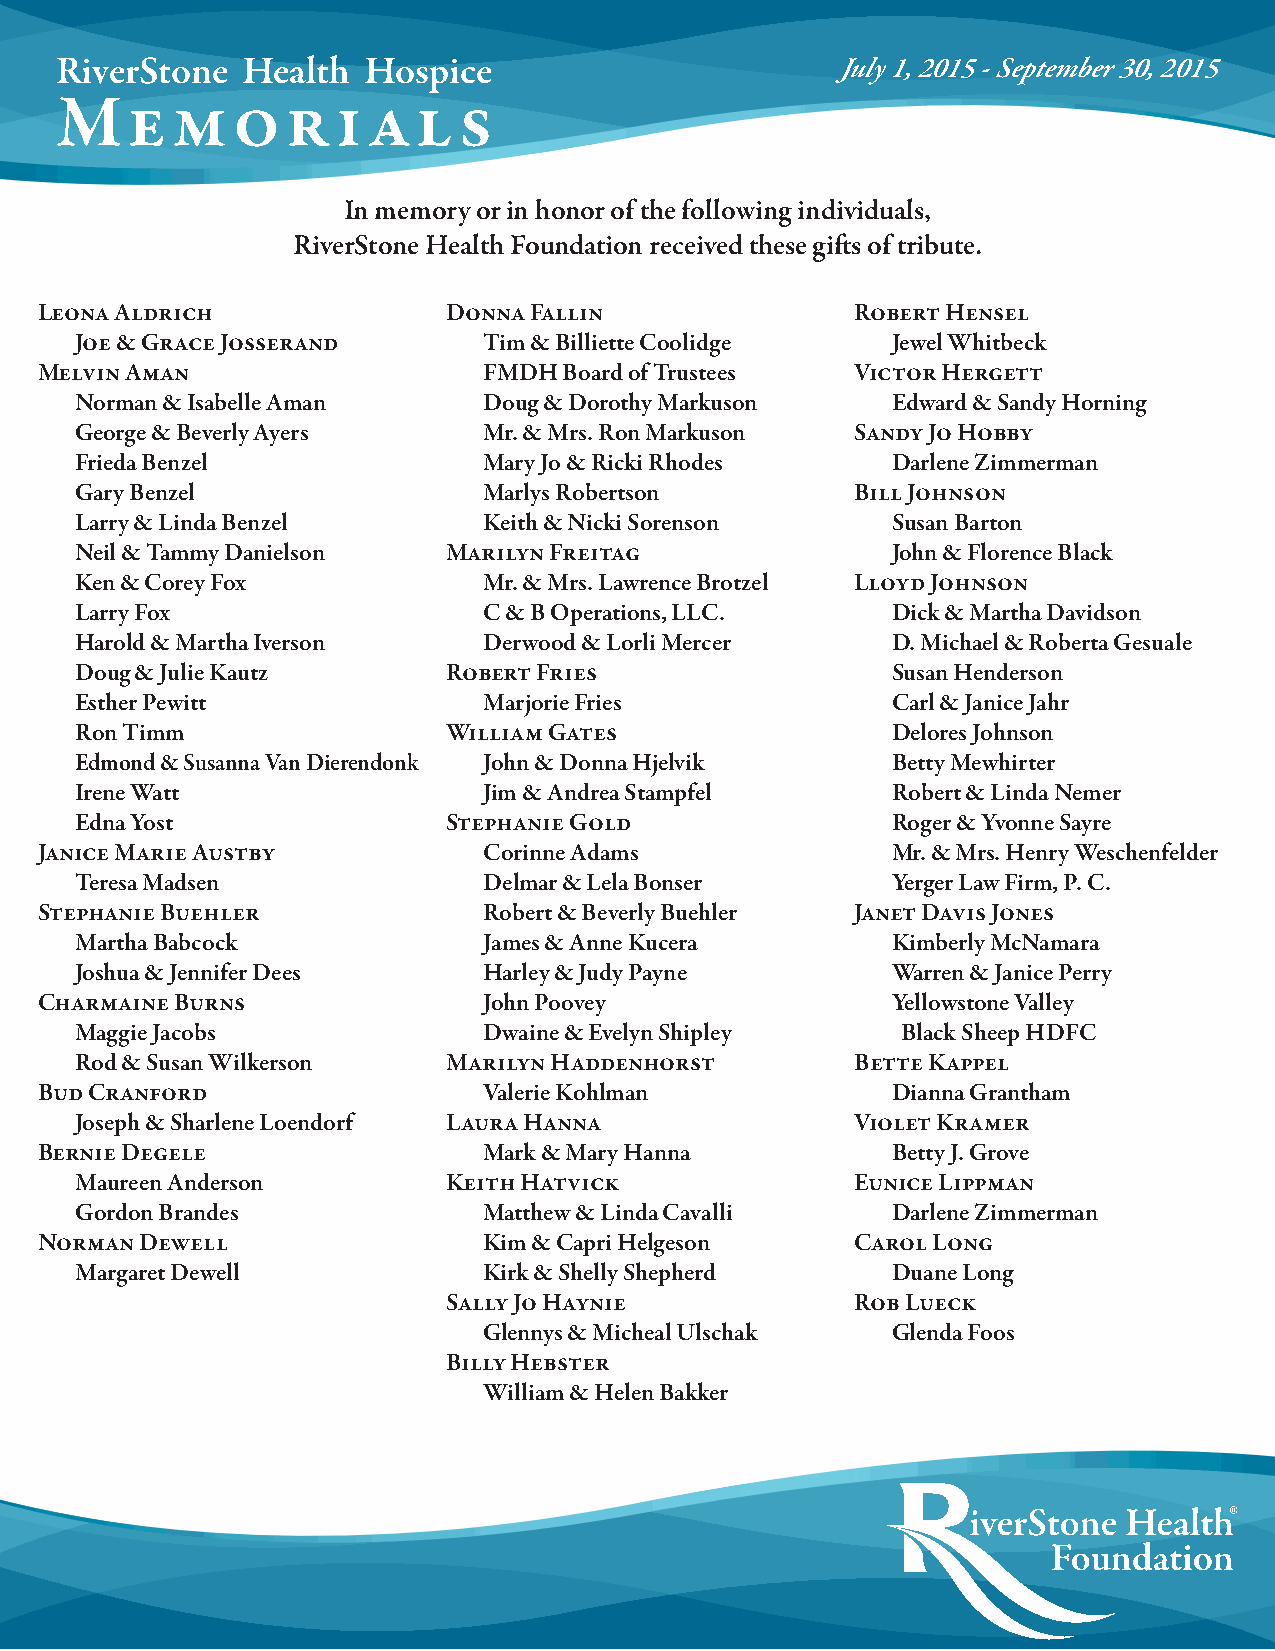
RiverStone  Health  Hospice                         July 1, 2015 - September 30, 2015
 Me     mor        i als
 In memory or in honor of the following individuals,
 RiverStone Health Foundation received these gifts of tribute.
 Leona Aldrich               Donna Fallin               Robert Hensel
 Joe & Grace Josserand      Tim & Billiette Coolidge   Jewel Whitbeck
 Melvin Aman                   FMDH Board of Trustees   Victor Hergett
 Norman & Isabelle Aman     Doug & Dorothy Markuson    Edward & Sandy Horning
 George & Beverly Ayers     Mr. & Mrs. Ron Markuson  Sandy Jo Hobby
 Frieda Benzel              Mary Jo & Ricki Rhodes     Darlene Zimmerman
 Gary Benzel                Marlys Robertson         Bill Johnson
 Larry & Linda Benzel       Keith & Nicki Sorenson     Susan Barton
 Neil & Tammy Danielson   Marilyn Freitag              John & Florence Black
 Ken & Corey Fox            Mr. & Mrs. Lawrence Brotzel Lloyd Johnson
 Larry Fox                  C & B Operations, LLC.     Dick & Martha Davidson
 Harold & Martha Iverson    Derwood & Lorli Mercer     D. Michael & Roberta Gesuale
 Doug & Julie Kautz       Robert Fries                 Susan Henderson
 Esther Pewitt              Marjorie Fries             Carl & Janice Jahr
 Ron Timm                 William Gates                Delores Johnson
 Edmond & Susanna Van Dierendonk John & Donna Hjelvik  Betty Mewhirter
 Irene Watt                 Jim & Andrea Stampfel      Robert & Linda Nemer
 Edna Yost                Stephanie Gold               Roger & Yvonne Sayre
 Janice Marie Austby           Corinne Adams              Mr. & Mrs. Henry Weschenfelder
 Teresa Madsen              Delmar & Lela Bonser       Yerger Law Firm, P. C.
 Stephanie Buehler             Robert & Beverly Buehler Janet Davis Jones
 Martha Babcock             James & Anne Kucera        Kimberly McNamara
 Joshua & Jennifer Dees     Harley & Judy Payne        Warren & Janice Perry
 Charmaine Burns               John Poovey                Yellowstone Valley
 Maggie Jacobs              Dwaine & Evelyn Shipley     Black Sheep HDFC
 Rod & Susan Wilkerson    Marilyn Haddenhorst        Bette Kappel
 Bud Cranford                  Valerie Kohlman            Dianna Grantham
 Joseph & Sharlene Loendorf Laura Hanna              Violet Kramer
 Bernie Degele                 Mark & Mary Hanna          Betty J. Grove
 Maureen Anderson         Keith Hatvick              Eunice Lippman
 Gordon Brandes             Matthew & Linda Cavalli    Darlene Zimmerman
 Norman Dewell                 Kim & Capri Helgeson     Carol Long
 Margaret Dewell            Kirk & Shelly Shepherd     Duane Long
 Sally Jo Haynie            Rob Lueck
 Glennys & Micheal Ulschak  Glenda Foos
 Billy Hebster
 William & Helen Bakker